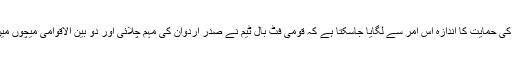
‘‘ رجب طیب اردوگان کی حمایت کا اندازہ اس امر سے لگایا جاسکتا ہے کہ قومی فٹ بال ٹیم نے صدر اردوان کی مہم چلائی اور دو بین الاقوامی میچوں میں فوجی سلوٹ پیش کیا۔